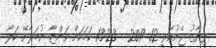
ފިޔާޒު ޖެނުއަރީ 12